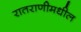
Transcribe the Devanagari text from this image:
रातराणीमधील